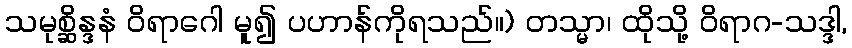
သမုစ္ဆိန္ဒနံ ဝိရာဂေါ မူ၍ ပဟာန်ကိုရသည်။) တသ္မာ၊ ထိုသို့ ဝိရာဂ-သဒ္ဒါ,